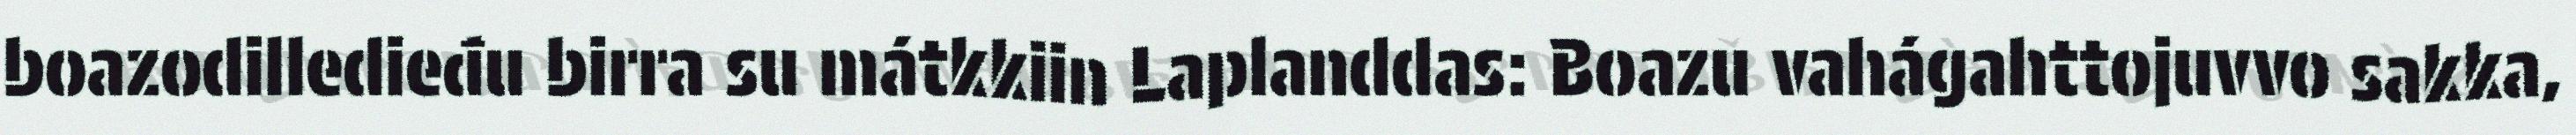
boazodilledieđu birra su mátkkiin Laplanddas: Boazu vahágahttojuvvo sakka,